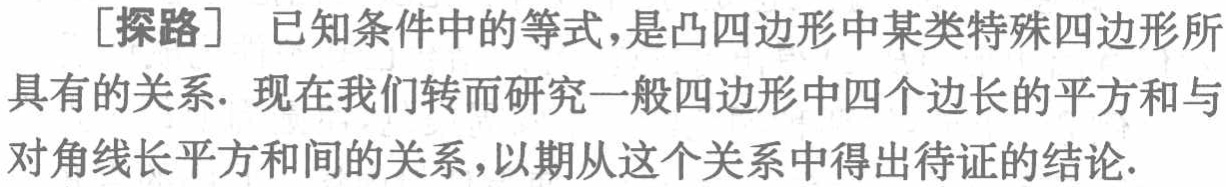
[探路] 已知条件中的等式，是凸四边形中某类特殊四边形所具有的关系. 现在我们转而研究一般四边形中四个边长的平方和与对角线长平方和间的关系,以期从这个关系中得出待证的结论.